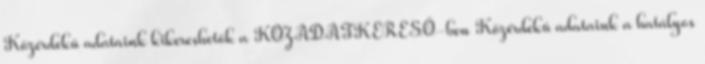
Közérdekű adataink kikereshetők a KÖZADATKERESŐ-ben Közérdekű adataink a hatályos